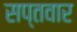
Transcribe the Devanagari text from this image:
सप्तवार